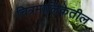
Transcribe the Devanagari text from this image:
चित्रमालिकेतील